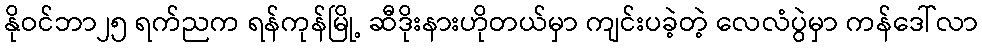
နိုဝင်ဘာ၂၅ ရက်ညက ရန်ကုန်မြို့ ဆီဒိုးနားဟိုတယ်မှာ ကျင်းပခဲ့တဲ့ လေလံပွဲမှာ ကန်ဒေါ်လာ